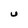
Character: U